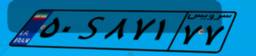
۵۰S۸۷۱۷۷